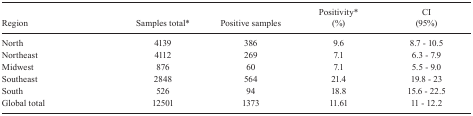
<table><thead><tr><td><b>Region</b></td><td><b>Samples total*</b></td><td><b>Positive samples</b></td><td><b>Positivity* (%)</b></td><td><b>CI (95%)</b></td></tr></thead><tbody><tr><td>North</td><td>4139</td><td>386</td><td>9.6</td><td>8.7 - 10.5</td></tr><tr><td>Northeast</td><td>4112</td><td>269</td><td>7.1</td><td>6.3 - 7.9</td></tr><tr><td>Midwest</td><td>876</td><td>60</td><td>7.1</td><td>5.5 - 9.0</td></tr><tr><td>Southeast</td><td>2848</td><td>564</td><td>21.4</td><td>19.8 - 23</td></tr><tr><td>South</td><td>526</td><td>94</td><td>18.8</td><td>15.6 - 22.5</td></tr><tr><td>Global total</td><td>12501</td><td>1373</td><td>11.61</td><td>11 - 12.2</td></tr></tbody></table>